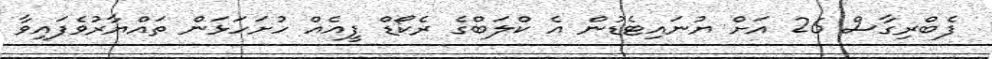
ފެބްރިގާސް 26 އަށް ޔުނައިޓެޑުން އެ ކްލަބްގެ ރެކޯޑް ފީއެއް ހުށަހަޅަން ތައްޔާރުވެފައިވާ